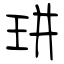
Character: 㻂